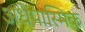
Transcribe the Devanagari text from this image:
अधेपास्मिक